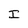
Character: I